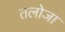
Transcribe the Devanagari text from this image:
तलोजा